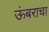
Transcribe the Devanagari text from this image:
ऊंबराचा